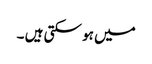
میں ہو سکتی ہیں ۔